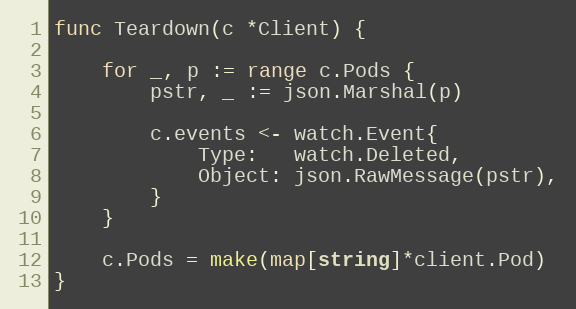
Language: Go
func Teardown(c *Client) {

	for _, p := range c.Pods {
		pstr, _ := json.Marshal(p)

		c.events <- watch.Event{
			Type:   watch.Deleted,
			Object: json.RawMessage(pstr),
		}
	}

	c.Pods = make(map[string]*client.Pod)
}